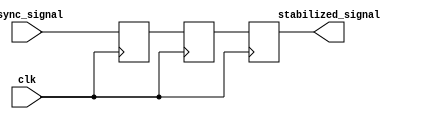
module two_ff_metastability_detector (
    input wire clk,              // Synchronous clock
    input wire async_signal,     // Asynchronous input signal
    output reg stabilized_signal  // Stable output signal
);
    
    reg ff1;  // First flip-flop
    reg ff2;  // Second flip-flop

    // First flip-flop to sample the asynchronous signal
    always @(posedge clk) begin
        ff1 <= async_signal;  // Capture async_signal on clock edge
    end

    // Second flip-flop to provide a stable output
    always @(posedge clk) begin
        ff2 <= ff1;           // Capture the output of FF1
    end

    // Output stabilized_signal from the second flip-flop
    always @(posedge clk) begin
        stabilized_signal <= ff2;  // Output stable signal
    end

endmodule